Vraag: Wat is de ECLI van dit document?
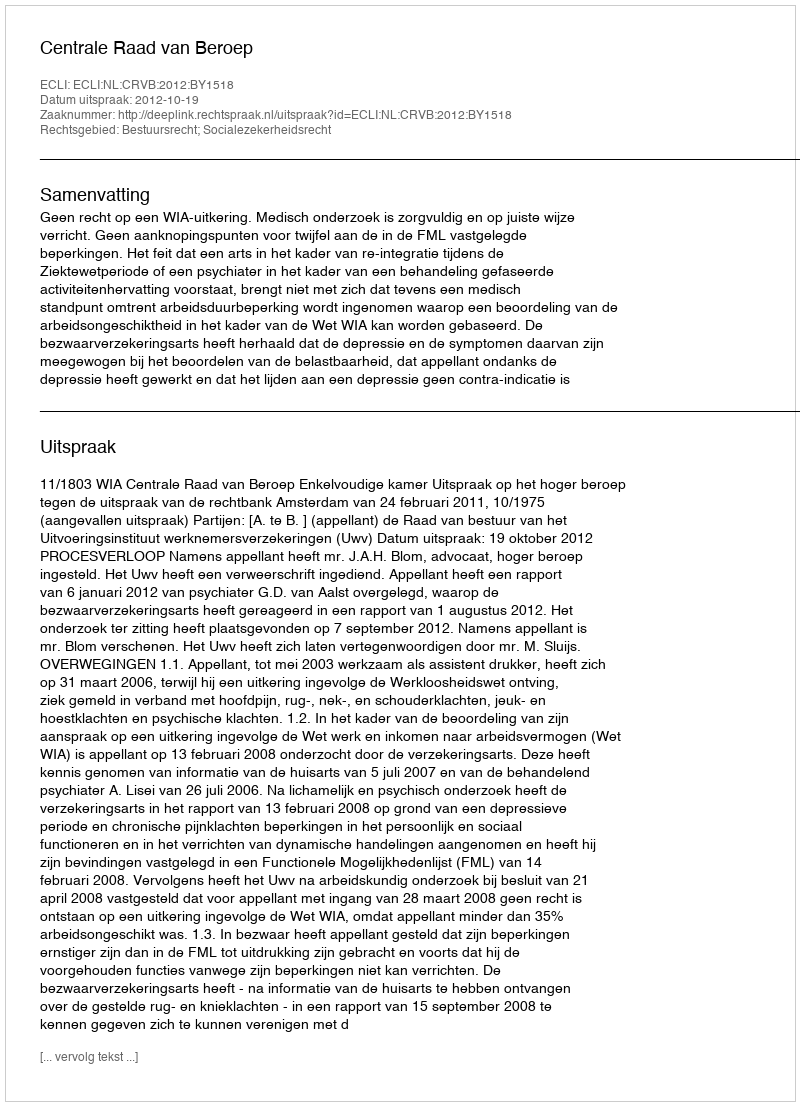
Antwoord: ECLI:NL:CRVB:2012:BY1518